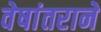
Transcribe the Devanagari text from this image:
वेषांतराने